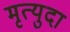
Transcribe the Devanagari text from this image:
मृत्युदा